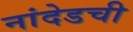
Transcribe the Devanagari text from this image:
नांदेडची